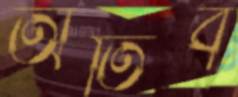
অতিব